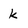
Character: k